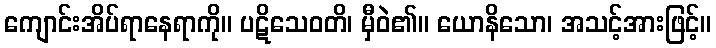
ကျောင်းအိပ်ရာနေရာကို။ ပဋိသေဝတိ၊ မှီဝဲ၏။ ယောနိသော၊ အသင့်အားဖြင့်။